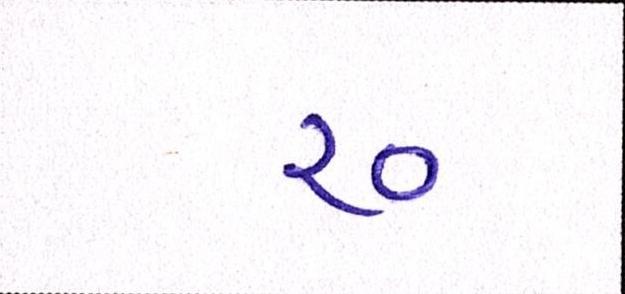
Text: ર૦